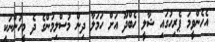
އެހެންވީމަ ޕެރިހުގައި ޝާލީ ހެބްދޫ އަށް ހަމަލާ ދިން މުސްލިމުންގެ ދެ މީހުންނަކީ